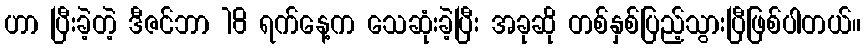
ဟာ ပြီးခဲ့တဲ့ ဒီဇင်ဘာ 18 ရက်နေ့က သေဆုံးခဲ့ပြီး အခုဆို တစ်နှစ်ပြည့်သွားပြီဖြစ်ပါတယ်။